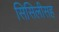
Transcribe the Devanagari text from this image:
सिसिलीसह